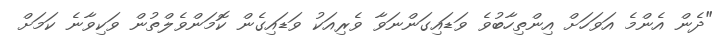
"ދެން އެންމެ އަވަހަށް އިންތިހާބުވެ ވަޑައިގަންނަވާ ވެރިއަކު ވަޑައިގެން ކޮމަންވެލްތުން ވަކިވާނެ ކަމަށް